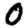
Digit: 0